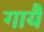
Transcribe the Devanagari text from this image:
गायै